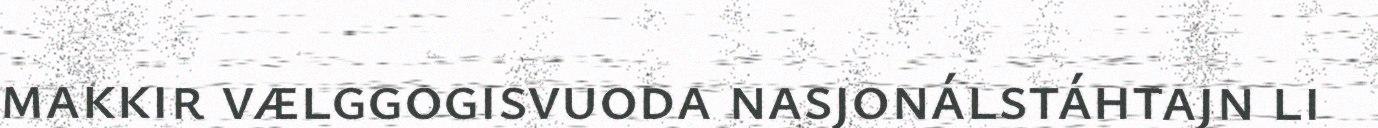
makkir vælggogisvuoda nasjonálstáhtajn li